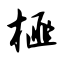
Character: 榧